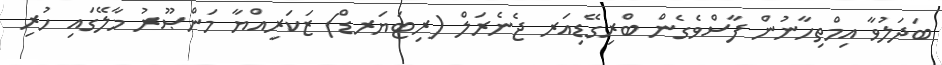
ބަދަލުވާ އިމްތިހާނުން ފާސްވެގެން ބްރިގޭޑިއަރ ޖެނެރަލް (ރިޓަޔަރޑް) ޒަކަރިއްޔާ މަންޞޫރު މާލޭގައި ހުރި